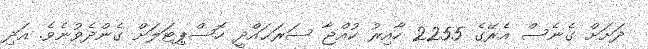
ދަށަށް ގެނެސް އެރޭގެ 2255 ހާއިރު ކުއްޖާ ސަރަޙައްދީ ހޮސްޕިޓަލަށް ގެންދެވުނެވެ. އަދި